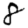
Digit: 8